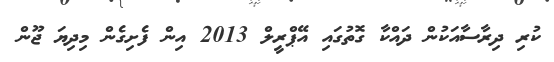
ކުރި ދިރާސާއަކުން ދައްކާ ގޮތުގައި އޭޕްރީލް 2013 އިން ފެށިގެން މިދިޔަ ޖޫން